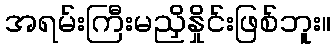
အရမ်းကြီးမညှိနှိုင်းဖြစ်ဘူး။